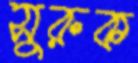
সুরুক